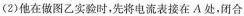
(2)他在做图乙实验时，先将电流表接在A处，闭合